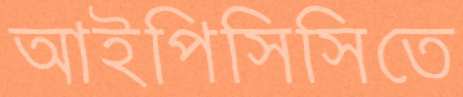
আইপিসিসিতে